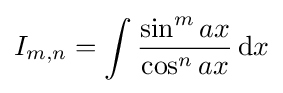
I_{m,n}=\int {\frac {\sin ^{m}{ax}}{\cos ^{n}{ax}}}\,{\text{d}}x\,\!